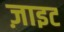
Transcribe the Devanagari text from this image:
ज़ाइट